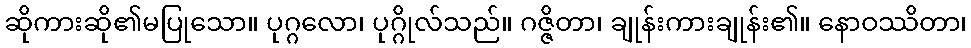
ဆိုကားဆို၏မပြုသော။ ပုဂ္ဂလော၊ ပုဂ္ဂိုလ်သည်။ ဂဇ္ဇိတာ၊ ချုန်းကားချုန်း၏။ နောဝဿိတာ၊